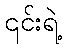
၎င်းရဲ့